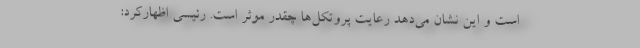
است و این نشان می‌دهد رعایت پروتکل‌ها چقدر موثر است. رئیسی اظهارکرد: